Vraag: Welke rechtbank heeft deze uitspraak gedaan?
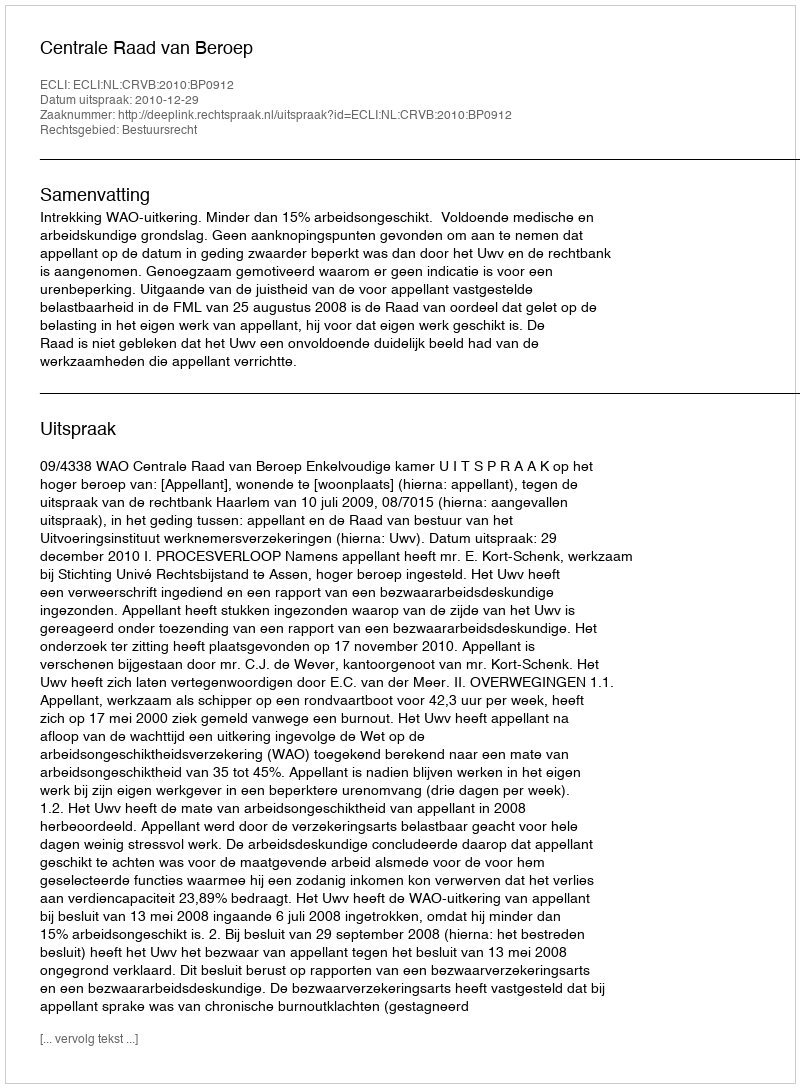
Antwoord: Centrale Raad van Beroep